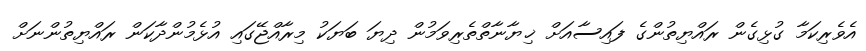
އެވެރިކަމާ ގުޅިގެން ރައްޔިތުންގެ ފައިސާއަށް ޚިޔާނާތްތެރިވަމުން ދިޔަ ބަޔަކު މިރާއްޖޭގައި އުޅެމުންދާކަން ރައްޔިތުންނަށް